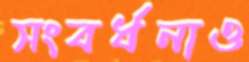
সংবর্ধনাও